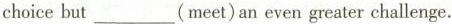
choicebut___(meet) an even greater challenge.